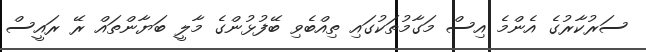
ސަރުކާރުގެ އެންމެ އިސް މަގާމުތަކުގައި ތިއްބެވި ބޭފުޅުންގެ މާލީ ބަޔާންތައް ރޭ ރައީސް